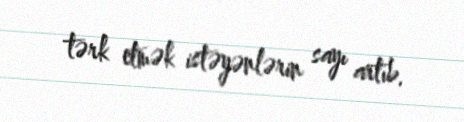
tərk etmək istəyənlərin sayı artıb.